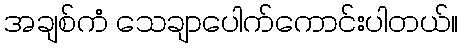
အချစ်ကံ သေချာပေါက်ကောင်းပါတယ်။